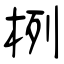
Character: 栵